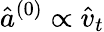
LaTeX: \hat{a}^{(0)}\propto\hat{v}_{t}